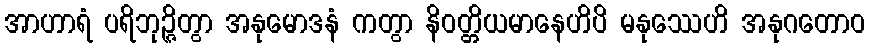
အာဟာရံ ပရိဘုဉ္ဇိတွာ အနုမောဒနံ ကတွာ နိဝတ္တိယမာနေဟိပိ မနုဿေဟိ အနုဂတောဝ